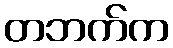
တဘက်က